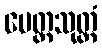
မေတ္တသုတ္တံ